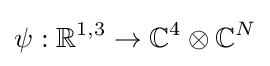
\psi :\mathbb {R} ^{1,3}\to \mathbb {C} ^{4}\otimes \mathbb {C} ^{N}